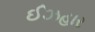
ઈઝહાર